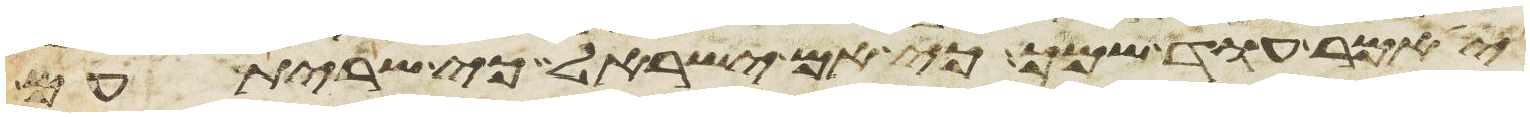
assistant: יאמר עוד שמך כי אם ישראל כי שרית עם